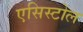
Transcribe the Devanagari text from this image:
एसिस्टोल